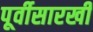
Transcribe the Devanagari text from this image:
पूर्वीसारखी